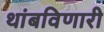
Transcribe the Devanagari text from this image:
थांबविणारी